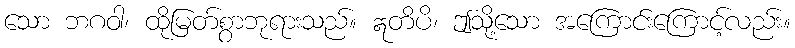
သော ဘဂဝါ၊ ထိုမြတ်စွာဘုရားသည်။ ဣတိပိ၊ ဤသို့သော အကြောင်းကြောင့်လည်း။